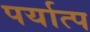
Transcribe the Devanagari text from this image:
पर्यात्प